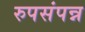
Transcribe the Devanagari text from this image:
रुपसंपन्न